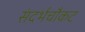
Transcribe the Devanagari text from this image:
संदर्भचौकट